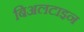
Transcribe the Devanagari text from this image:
बिअलटाइन